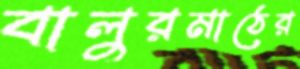
বালুরমাঠের